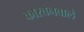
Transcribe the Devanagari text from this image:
कारबनवाले